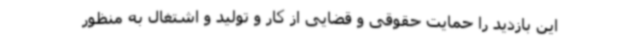
این بازدید را حمایت حقوقی و قضایی از کار و تولید و اشتغال به منظور